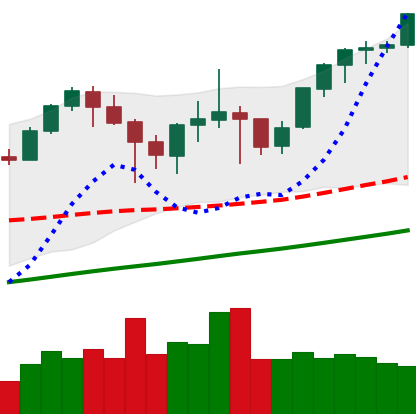
Ticker: ETH-USD
Chart end date: 2021-05-01
Forward return: 18.5%
Label: up_7plus